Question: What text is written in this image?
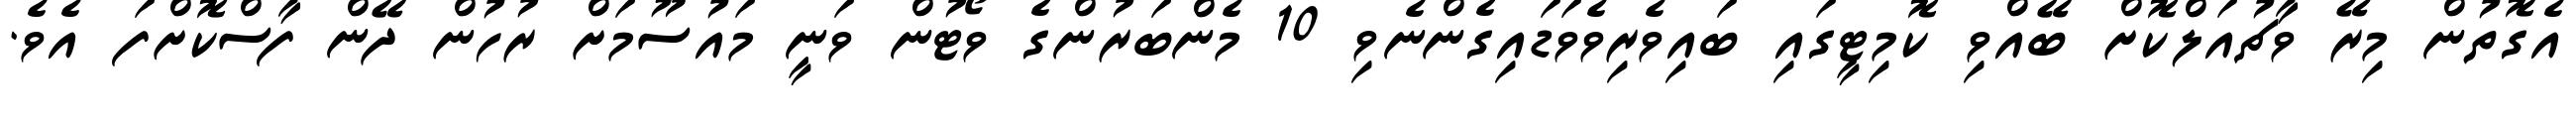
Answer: އެގޮތުން މިރޭ ވާޗުއަލްކޮށް ބޭއްވި ކޮމިޓީގައި ބައިވެރިވެވަޑައިގެންނެވި 10 މެންބަރުންގެ ވޯޓުން ވަނީ މައުސޫމަށް ރުހުން ދޭން ފާސްކޮށްފަ އެވެ.